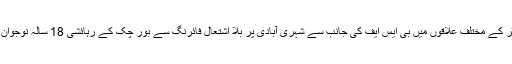
فوج کے شعبۂ تعلقات عامہ کی جانب سے جاری بیان کے مطابق ظفر وال سیکٹر کے مختلف علاقوں میں بی ایس ایف کی جانب سے شہری آبادی پر بلا اشتعال فائرنگ سے بور چک کے رہائشی 18 سالہ نوجوان عظیم جبکہ سُخمل نامی گاؤں میں مبارک علی نامی شخص کی اہلیہ ہلاک ہو گئیں۔